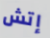
إتش